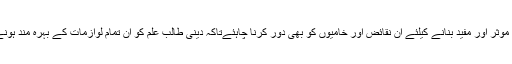
نصاب کو مزید موثر اور مفید بنانے کیلئے ان نقائض اور خامیوں کو بھی دور کرنا چاہئےتاکہ دینی طالب علم کو ان تمام لوازمات کے بہرہ مند ہونے کا موقع ملے۔